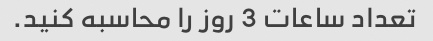
تعداد ساعات 3 روز را محاسبه کنید.